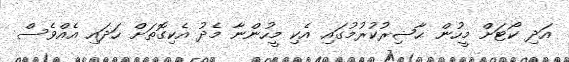
އަދި ކޯޓަށް މީހުން ޙާޟިރުކުރުމުގައި އެކި މީހުންނާ މެދު އެކިގޮތަށް ހަދައި އެއްވެސް